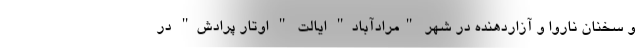
و سخنان ناروا و آزاردهنده در شهر "مرادآباد" ایالت " اوتار پرادش" در